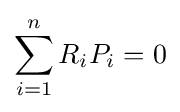
\sum _{i=1}^{n}R_{i}P_{i}=0